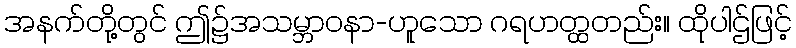
အနက်တို့တွင် ဤ၌အသမ္ဘာဝနာ-ဟူသော ဂရဟတ္ထတည်း။ ထိုပါဌ်ဖြင့်